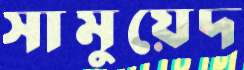
সামুয়েদ